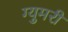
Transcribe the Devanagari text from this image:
ग्युमरी